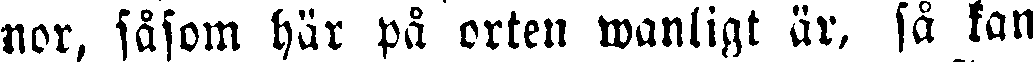
nor, såsom här på orten wanligt är, så kan